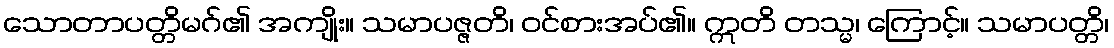
သောတာပတ္တိမဂ်၏ အကျိုး။ သမာပဇ္ဇတိ၊ ဝင်စားအပ်၏။ ဣတိ တသ္မ၊ ကြောင့်။ သမာပတ္တိ၊